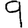
Digit: 9